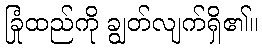
ခြုံထည်ကို ချွတ်လျက်ရှိ၏။